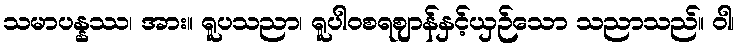
သမာပန္နဿ၊ အား။ ရူပသညာ၊ ရူပါဝစရဈာန်နှင့်ယှဉ်သော သညာသည်။ ဝါ၊